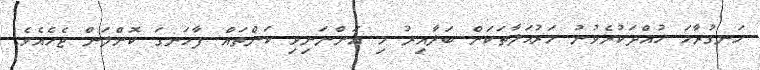
ހަނގުރާމަ ހުއްދަކުރެވުނު މަރުޙަލާތަކަށް ބަލާއިރު މި އަންނަނިވި ކަންތައް ފާހަނގަ ކޮށްލަން ޖެހެއެވެ.